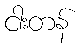
ငါးတန်